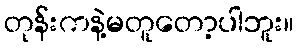
တုန်းကနဲ့မတူတော့ပါဘူး။